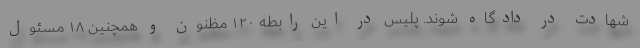
شهادت در دادگاه شوند. پلیس در این رابطه ۱۲۰ مظنون و همچنین ۱۸ مسئول